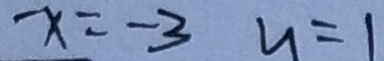
x = - 3 y = 1